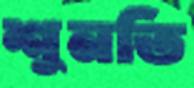
শুনতি